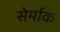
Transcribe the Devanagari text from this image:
सेर्माक